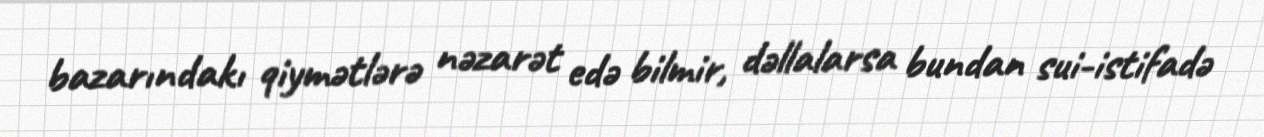
bazarındakı qiymətlərə nəzarət edə bilmir, dəllalarsa bundan sui-istifadə